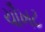
ચૌખટ